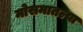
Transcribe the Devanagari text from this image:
मोसमातल्या